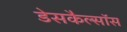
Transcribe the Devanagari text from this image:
डेसकैल्सॉस